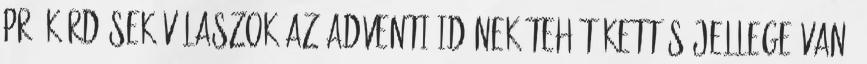
pr. kérdések-válaszok Az adventi időnek tehát kettős jellege van.